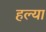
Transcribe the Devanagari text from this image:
हल्या